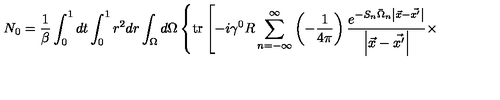
N _ { 0 } = \frac 1 { \beta } \int _ { 0 } ^ { 1 } d t \int _ { 0 } ^ { 1 } r ^ { 2 } d r \int _ { \Omega } d \Omega \left\{ \mathrm { t r } \left[ - i \gamma ^ { 0 } R \sum _ { n = - \infty } ^ { \infty } \left( - \frac 1 { 4 \pi } \right) \frac { e ^ { - S _ { n } \bar { \Omega } _ { n } \left| \vec { x } - \vec { x ^ { \prime } } \right| } } { \left| \vec { x } - \vec { x ^ { \prime } } \right| } \times \right. \right.